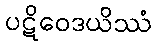
ပဋိဝေဒယိဿံ